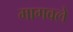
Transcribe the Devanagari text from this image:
मागवले